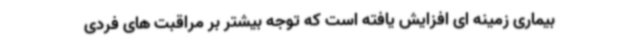
بیماری زمینه ای افزایش یافته است که توجه بیشتر بر مراقبت های فردی